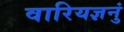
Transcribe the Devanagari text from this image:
वारियज्ञनुं